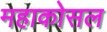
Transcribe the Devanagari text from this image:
महाकोसल